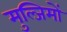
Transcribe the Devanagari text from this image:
मुल्जिमों